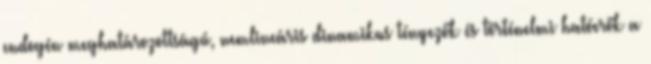
endogén meghatározottságú, nemlineáris dinamikus tényezők és történelmi hatóerők a